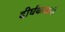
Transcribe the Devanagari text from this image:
दीर्घकाळची